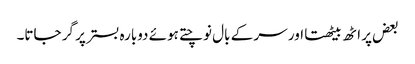
بعض پر اٹھ بیٹھتا اور سر کے بال نوچتے ہوئے دوبارہ بستر پر گر جاتا۔